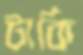
টার্কি